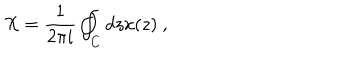
LaTeX: \mathcal { X } = \frac { 1 } { 2 \pi i } \oint _ { C } d z x ( z ) \ ,